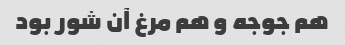
هم جوجه و هم مرغ آن شور بود